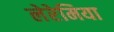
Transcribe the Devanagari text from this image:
लेरेमिया